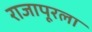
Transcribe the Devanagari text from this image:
राजापूरला